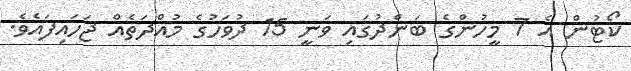
ކޯޓުން އެ 7 މީހުންގެ ބަންދުގައި ވަނީ 15 ދުވަހުގެ މުއްދަތެއް ޖަހައިފައެވެ.